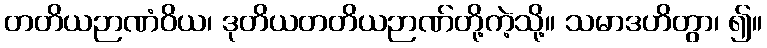
တတိယဉာဏံဝိယ၊ ဒုတိယတတိယဉာဏ်တို့ကဲ့သို့။ သမာဒဟိတွာ၊ ၍။